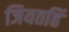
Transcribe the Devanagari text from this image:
जियतहिं